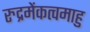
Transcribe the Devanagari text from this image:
रुद्रमेंकत्वमाहु